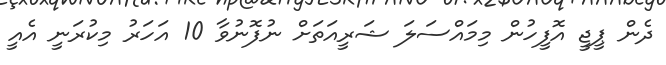
ދެން ޕީޖީ އޮފީހުން މިމައްސަލަ ޝަރީއަތަށް ނުފޮނުވާ 10 އަހަރު މިކުރަނީ އެއީ